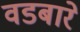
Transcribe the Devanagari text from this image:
वडबारे